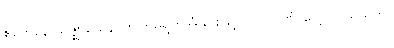
ဧကေနောသဇ္ဈာယေန၊ တကြိမ်ရွတ်အံခြင်းဖြင့်ပင်။ ပဂုဏံ၊ လေ့လာသည်ကို။